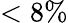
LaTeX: <8\%